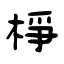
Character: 棦